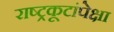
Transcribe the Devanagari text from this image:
राष्ट्रकूटांपेक्षा